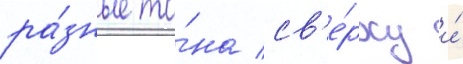
ра́зные то́на св'е́рху и́